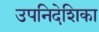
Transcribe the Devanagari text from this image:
उपनिदेशिका